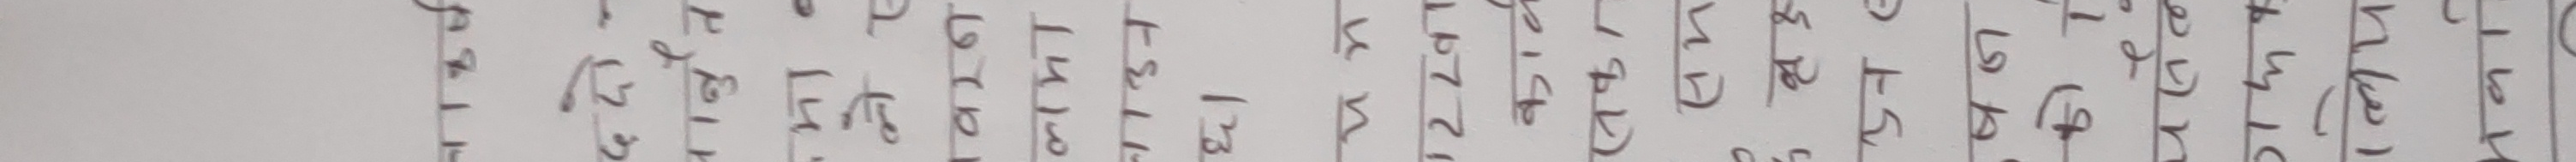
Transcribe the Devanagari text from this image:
गैँडा
बाघ
हात्ती
चितुवा
भानु
वन कुकुर
भालु
बाँदर
गोही
अजिङ्गर
गंगटो
साँढे
घडियाल
चित्तल
रतुवा
कालिज
लाटोकोसेरो